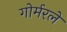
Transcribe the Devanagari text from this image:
गोर्मरले